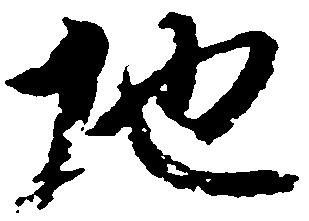
地